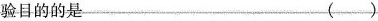
验目的的是 ()